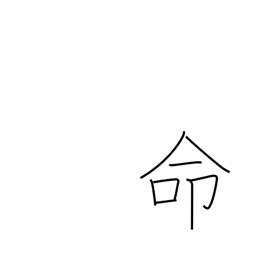
Meaning: appoint